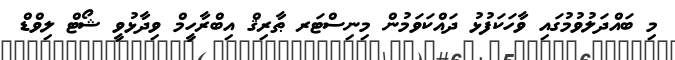
މި ބައްދަލުވުމުގައި ވާހަކަފުޅު ދައްކަވަމުން މިނިސްޓަރ ޠާރިޤް އިބްރާހީމް ވިދާޅުވީ ޝޯޓް ލިވްޑް